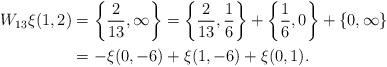
LaTeX: \begin{align*}W_{13} \xi(1,2) & = \left\{\frac{2}{13},\infty\right\} = \left\{\frac{2}{13},\frac{1}{6}\right\}+\left\{\frac{1}{6},0\right\}+\{0,\infty\}\\& = -\xi(0,-6)+\xi(1,-6)+\xi(0,1).\end{align*}